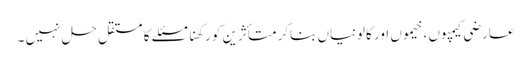
عارضی کیمپوں ، خیموں اور کالونیاں بناکر متأثرین کو رکھنا مسئلے کا مستقل حل نہیں ۔